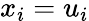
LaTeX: x_{i}=u_{i}